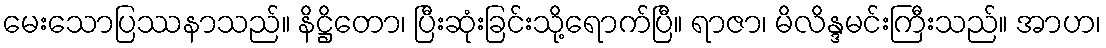
မေးသောပြဿနာသည်။ နိဋ္ဌိတော၊ ပြီးဆုံးခြင်းသို့ရောက်ပြီ။ ရာဇာ၊ မိလိန္ဒမင်းကြီးသည်။ အာဟ၊